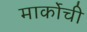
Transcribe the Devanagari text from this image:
मार्कोची